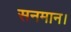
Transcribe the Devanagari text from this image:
सनमान।